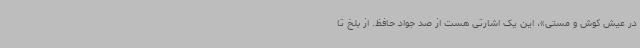
در عیش کوش و مستی»، این یک اشارتی هست از صد جواد حافظ. از بلخ تا